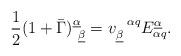
LaTeX: \begin{align*}{1\over 2}(1+\bar\Gamma)^{\underline\alpha}_{~\underline\beta}=v_{\underline\beta}^{~~\alpha q}E_{\alpha q}^{\underline\alpha}.\end{align*}